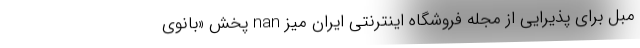
مبل برای پذیرایی از مجله فروشگاه اینترنتی ایران میز nan پخش «بانوی